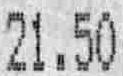
21.50